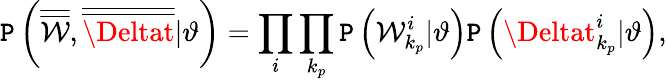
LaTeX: \mathtt{P}\left(\overline{{{\overline{{{\mathcal{{W}}}}}}}},\overline{{{\overline{{{\Deltat}}}}}}|\vartheta\right)=\prod_{i}\prod_{k_{p}}\mathtt{P}\left(\mathcal{{W}}_{k_{p}}^{i}|\vartheta\right)\mathtt{P}\left(\Deltat_{k_{p}}^{i}|\vartheta\right),